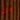
هل